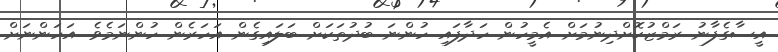
އީސާގެފާނު ރަމްޒުކޮށްދިނުމަށް އެމީހުން ހަދާފައި ހުންނަ ބުދުތަކަށް ބަލައިގެން އަހަރެން ހުންނަމެވެ. އަހަންނަށް